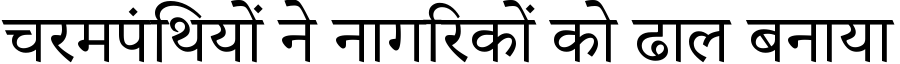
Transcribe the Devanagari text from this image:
चरमपंथियों ने नागरिकों को ढाल बनाया